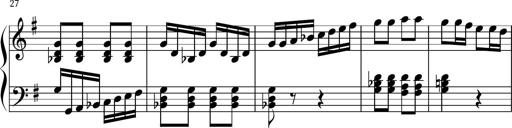
Title: Keyboard Sonatina in G
Composer: Michael Pogudin
Key: G major